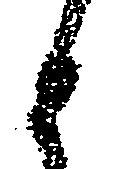
と